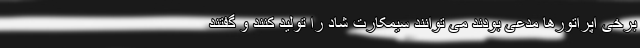
برخی اپراتورها مدعی بودند می توانند سیمکارت شاد را تولید کنند و گفتند